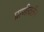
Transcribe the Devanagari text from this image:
प्राणीवर्तन